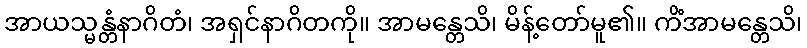
အာယသ္မန္တံနာဂိတံ၊ အရှင်နာဂိတကို။ အာမန္တေသိ၊ မိန့်တော်မူ၏။ ကိံအာမန္တေသိ၊